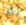
لم